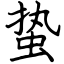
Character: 蛰